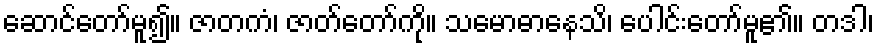
ဆောင်တော်မူ၍။ ဇာတကံ၊ ဇာတ်တော်ကို။ သမောဓာနေသိ၊ ပေါင်းတော်မူ၏။ တဒါ၊